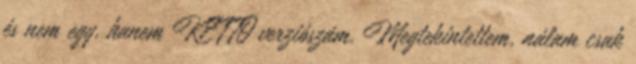
és nem egy, hanem KETTŐ verziószám. Megtekintettem, nálam csak